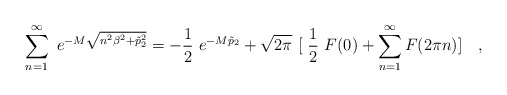
\begin{align*}\sum _{n=1}^{\infty}~e^{-M\sqrt {n^2\beta^2 + \tilde p_{2}^{2} }} =-\frac{1}{2}~e^{-M\tilde p_2} + \sqrt {2\pi}~[~\frac {1}{2}~F(0) + \sum _{n=1}^{\infty} F(2\pi n)] ~~~,\end{align*}